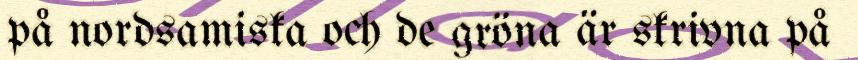
på nordsamiska och de gröna är skrivna på